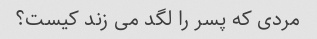
مردی که پسر را لگد می زند کیست؟